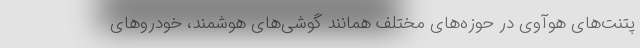
پتنت‌های هوآوی در حوزه‌های مختلف همانند گوشی‌های هوشمند، خودروهای